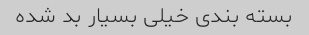
بسته بندی خیلی بسیار بد شده